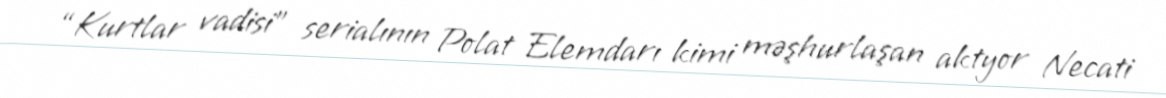
“Kurtlar vadisi” serialının Polat Elemdarı kimi məşhurlaşan aktyor Necati